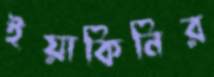
ইয়াকিনির